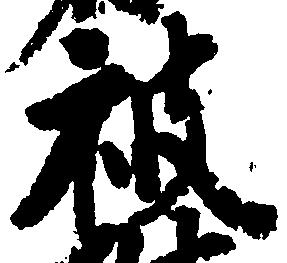
被